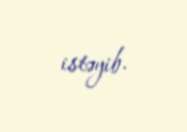
istəyib.